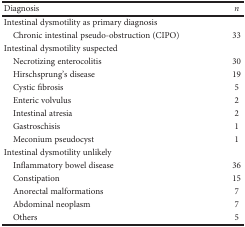
<table><thead><tr><td><b>Diagnosis</b></td><td><b><i>n</i></b></td></tr></thead><tbody><tr><td colspan="2">Intestinal dysmotility as primary diagnosis</td></tr><tr><td> Chronic intestinal pseudo-obstruction (CIPO)</td><td>33</td></tr><tr><td colspan="2">Intestinal dysmotility suspected</td></tr><tr><td> Necrotizing enterocolitis</td><td>30</td></tr><tr><td> Hirschsprung&#x27;s disease</td><td>19</td></tr><tr><td> Cystic fibrosis</td><td>5</td></tr><tr><td> Enteric volvulus</td><td>2</td></tr><tr><td> Intestinal atresia</td><td>2</td></tr><tr><td> Gastroschisis</td><td>1</td></tr><tr><td> Meconium pseudocyst</td><td>1</td></tr><tr><td colspan="2">Intestinal dysmotility unlikely</td></tr><tr><td> Inflammatory bowel disease</td><td>36</td></tr><tr><td> Constipation</td><td>15</td></tr><tr><td> Anorectal malformations</td><td>7</td></tr><tr><td> Abdominal neoplasm</td><td>7</td></tr><tr><td> Others</td><td>5</td></tr></tbody></table>